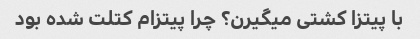
با پیتزا کشتی میگیرن؟ چرا پیتزام کتلت شده بود